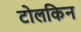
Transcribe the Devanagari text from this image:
टोलकिन